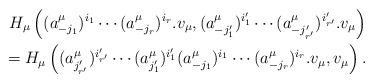
LaTeX: \begin{align*}H_\mu\left((a^\mu_{-j_1})^{i_1} \cdots (a_{-j_r}^\mu)^{i_r}. v_\mu,(a^\mu_{-j'_1})^{i'_1} \cdots (a_{-j'_{r'}}^\mu)^{i'_{r'}}. v_\mu\right)\\=H_\mu\left((a^\mu_{j'_{r'}})^{i'_{r'}} \cdots (a_{j'_{1}}^\mu)^{i'_{1}}(a^\mu_{-j_1})^{i_1} \cdots (a_{-j_r}^\mu)^{i_r}. v_\mu,v_\mu\right).\end{align*}